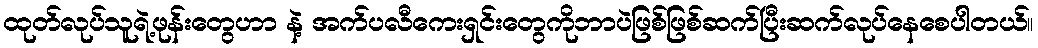
ထုတ်လုပ်သူရဲ့ဖုန်းတွေဟာ နဲ့ အက်ပလီကေးရှင်းတွေကိုဘာပဲဖြစ်ဖြစ်ဆက်ပြီးဆက်လုပ်နေစေပါတယ်။